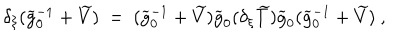
\delta _ { \xi } ( \widetilde g _ { 0 } ^ { - 1 } + \widetilde V ) \ = \ ( \widetilde g _ { 0 } ^ { - 1 } + \widetilde V ) \widetilde g _ { 0 } ( \delta _ { \xi } \widetilde T ) \widetilde g _ { 0 } ( \widetilde g _ { 0 } ^ { - 1 } + \widetilde V ) \ ,